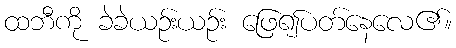
ထဘီကို ခဲခဲယဉ်းယဉ်း ဖြေ၍ပတ်နေလေ၏။